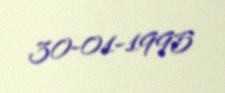
30-01-1995